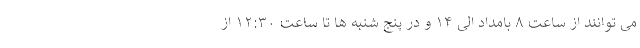
می توانند از ساعت ۸ بامداد الی ۱۴ و در پنج شنبه ها تا ساعت ۱۲:۳۰ از